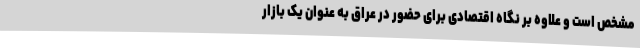
مشخص است و علاوه بر نگاه اقتصادی برای حضور در عراق به عنوان یک بازار